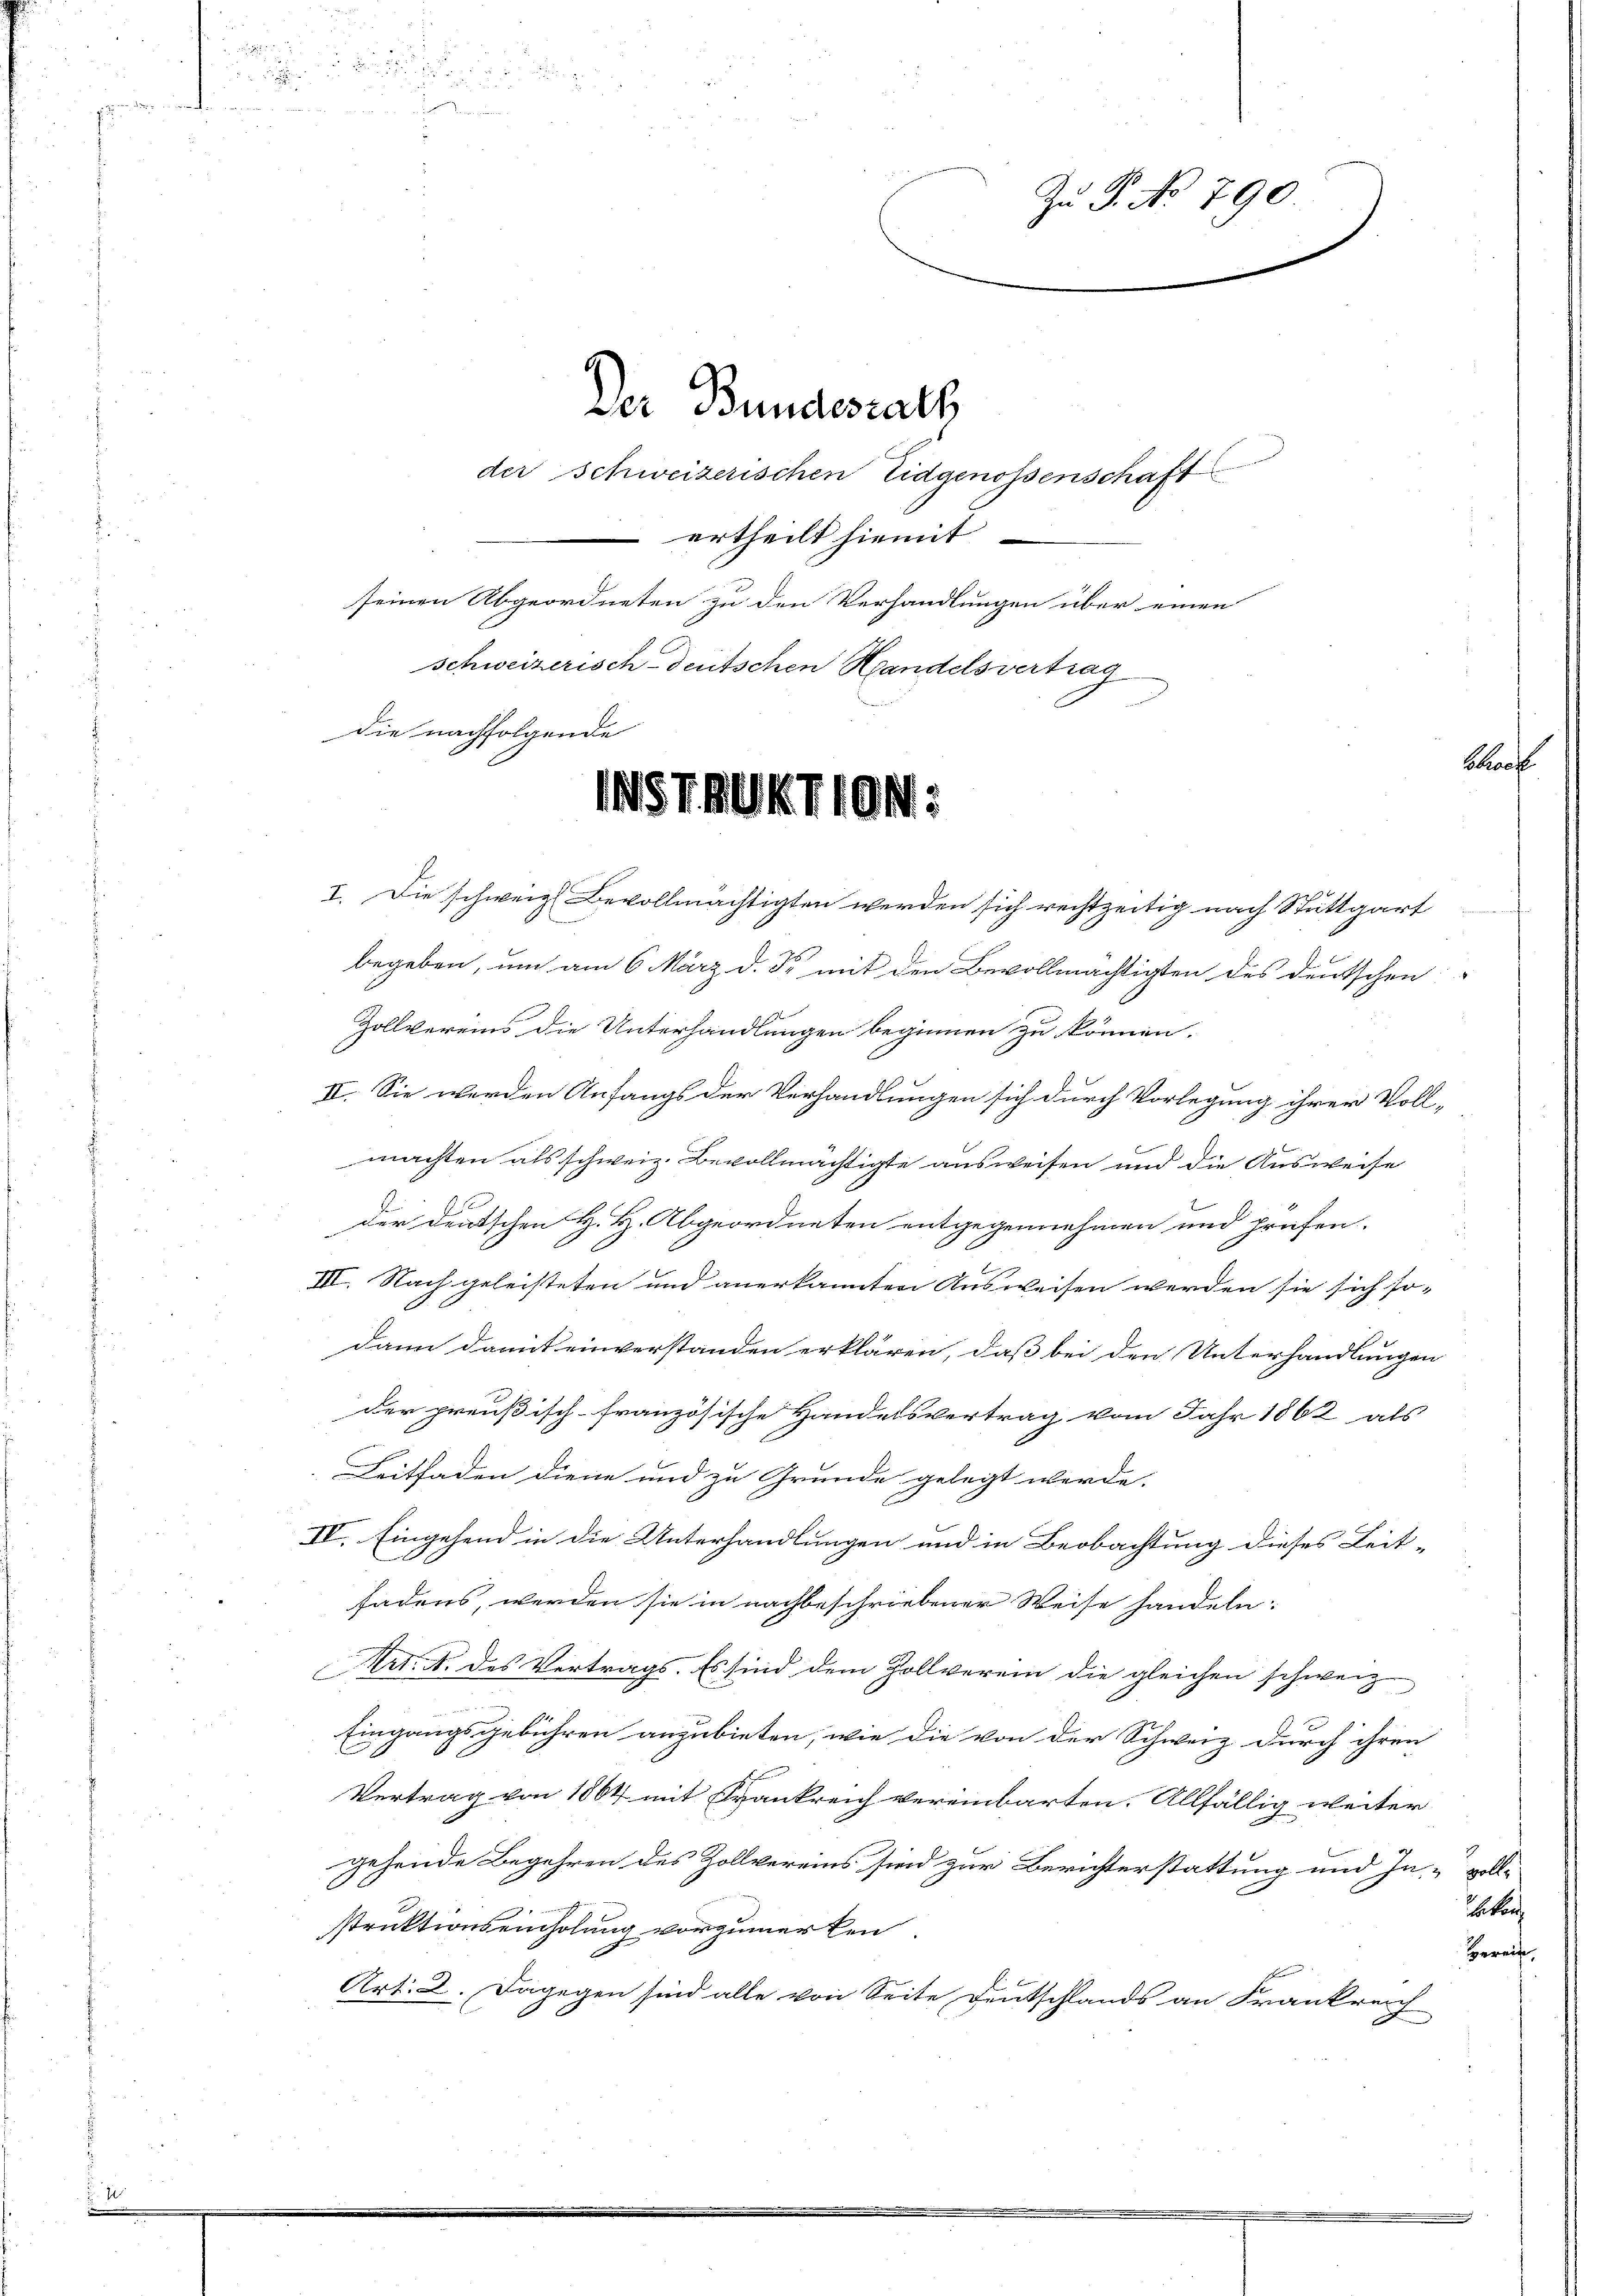
Der Bundesrath
der Schweizerischen Eidgenossenschaft
 ertheilt hiemit
seinen Abgeordneten zu den Verhandlungen über einen
schweizerisch deutschen Handelsvertrag

die nachfolgende

1157.

Zu P. No 790

.

1101

I. Die schweiz. Bevollmächtigten werden sich rechtzeitig nach Stuttgart
begeben, um am 6. März d. d. mit den Bevollmächtigten des deutschen
Zollvereins die Unterhandlungen beginnen zu können.
II. Sie werden Anfangs der Verhandlungen sich durch Vorlegung ihrer Voll-
machten als schweiz. Bevollmächtigte ausweisen und die Ausweise
der deutschen H. H. Abgeordneten entgegennehmen und prüfen.
III. Nach geleisteten und anerkannten Ausweisen werden sie sich so-
dann damit einverstanden erklären, daß bei den Unterhandlungen
der preußisch-französische Handelsvertrag vom Jahr 1862 als
Leitfaden diene und zu Grunde gelegt werde. |
IV. Eingehend in die Unterhandlungen und in Beobachtung dieses Leit-
fadens, werden sie in nachbeschriebener Weise handeln:
Art. 1. des Vertrags. Es sind dem Zollverein die gleichen schweiz
u
Eingangsgebühren anzubieten, wie die von der Schweiz durch ihren
Vertrag von 1864 mit Frankreich vereinbarten. Allfällig weiter
gehende Begehren des Zollvereins sind zur Berichterstattung und In- vollstruktionseinholung vorzumerken
Art. 2. Dagegen sind alle von Seite Deutschlands an Frankreich

Sha

aken
Hereit